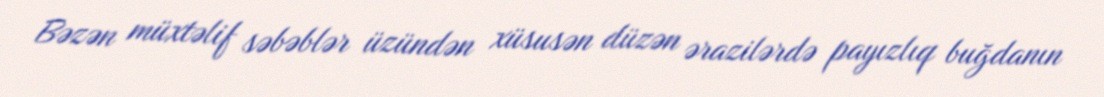
Bəzən müxtəlif səbəblər üzündən xüsusən düzən ərazilərdə payızlıq buğdanın